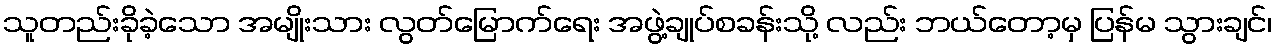
သူတည်းခိုခဲ့သော အမျိုးသား လွတ်မြောက်ရေး အဖွဲ့ချုပ်စခန်းသို့ လည်း ဘယ်တော့မှ ပြန်မ သွားချင်၊